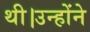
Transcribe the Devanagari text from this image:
थी।उन्होंने